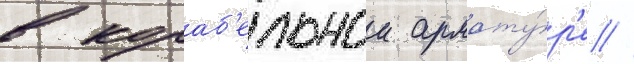
в кораб'ельнои армату́р'е //